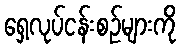
ရှေ့လုပ်ငန်းစဉ်များကို